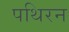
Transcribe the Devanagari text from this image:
पथिरन